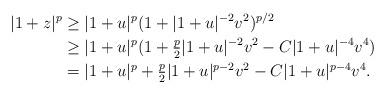
LaTeX: \begin{align*} |1+z|^p &\ge |1+u|^p (1+|1+u|^{-2}v^2)^{p/2}\\& \ge |1+u|^p (1+\tfrac{p}2 |1+u|^{-2}v^2 -C|1+u|^{-4}v^4)\\& = |1+u|^p +\tfrac{p}2 |1+u|^{p-2}v^2 -C|1+u|^{p-4} v^4.\end{align*}